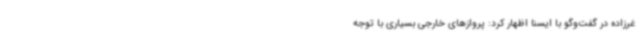
غرزاده در گفت‌وگو با ایسنا اظهار کرد: پروازهای خارجی بسیاری با توجه